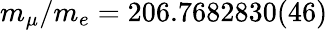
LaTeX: m_{\mu}/m_{e}=206.7682830(46)